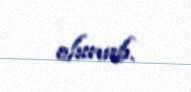
olunub.